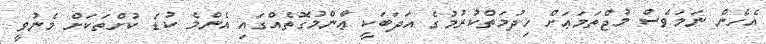
އެހެން ނަމަވެސް މުޖްތަމަޢަށް ޚިދުމަތްކުރުމުގެ އަދަބަކީ ޢާންމުގޮތެއްގައި އެންމެ ކުޑަ ކުށްތަކަށް މެނުވީ